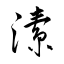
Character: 溸